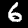
Digit: 6